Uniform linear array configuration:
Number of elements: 8
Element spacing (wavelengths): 1
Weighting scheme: exponential
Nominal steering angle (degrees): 30
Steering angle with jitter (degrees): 29.345
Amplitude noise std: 0.05
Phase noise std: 0.05

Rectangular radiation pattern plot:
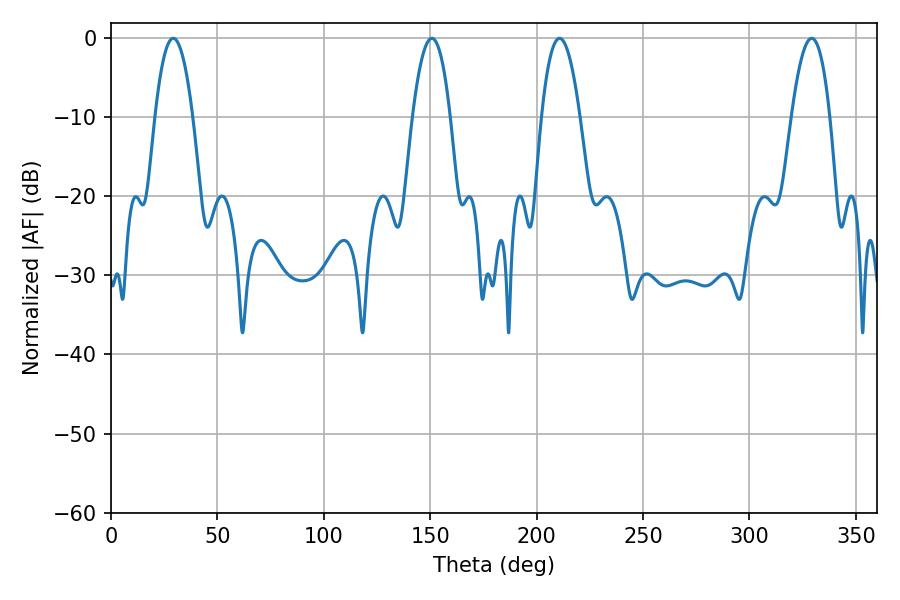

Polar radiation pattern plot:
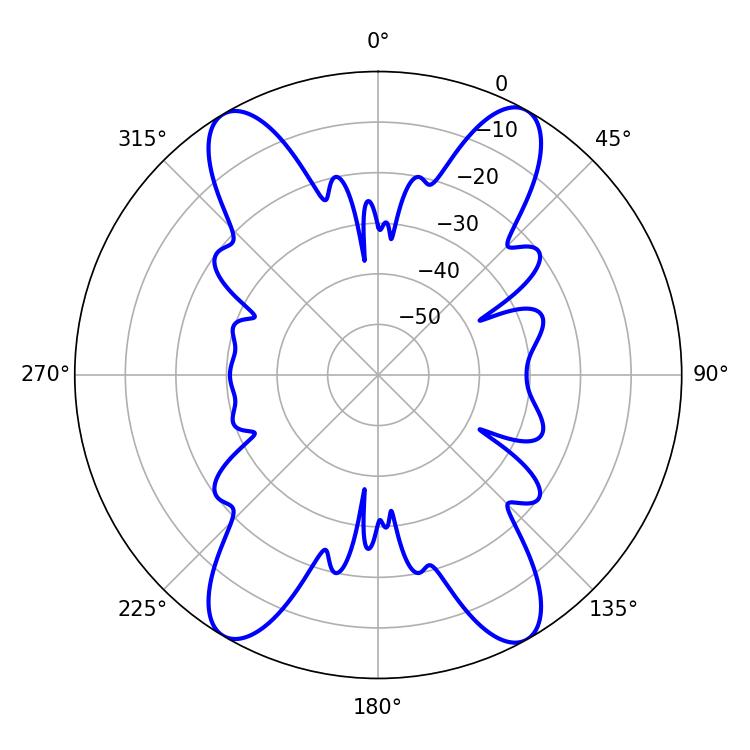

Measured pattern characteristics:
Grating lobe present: TRUE
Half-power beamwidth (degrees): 9.9
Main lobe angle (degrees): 210.78